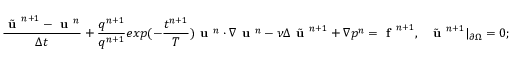
\frac { \tilde { \textbf { u } } ^ { n + 1 } - \textbf { u } ^ { n } } { \Delta t } + \frac { q ^ { n + 1 } } { q ^ { n + 1 } } { { e x p } ( - \frac { t ^ { n + 1 } } { T } ) } \textbf { u } ^ { n } \cdot \nabla \textbf { u } ^ { n } - \nu \Delta \tilde { \textbf { u } } ^ { n + 1 } + \nabla p ^ { n } = \textbf { f } ^ { n + 1 } , \ \ \tilde { \textbf { u } } ^ { n + 1 } | _ { \partial \Omega } = 0 ;